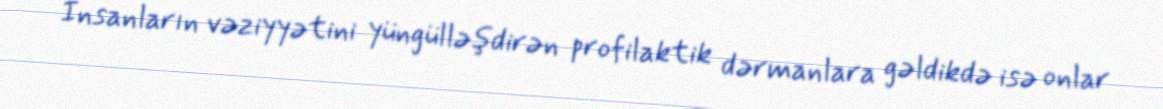
İnsanların vəziyyətini yüngülləşdirən profilaktik dərmanlara gəldikdə isə onlar